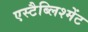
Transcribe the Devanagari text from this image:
एस्टैब्लिश्मेंट